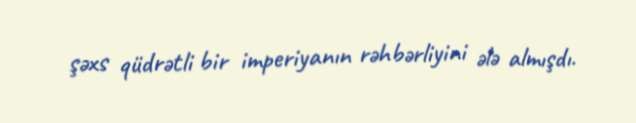
şəxs qüdrətli bir imperiyanın rəhbərliyini ələ almışdı.